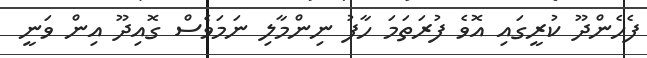
ފެހެންދޫ ކުރީގައި އޮވެ ފުރަތަމަ ހާފު ނިންމާލި ނަމަވެސް ގޮއިދޫ އިން ވަނީ